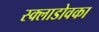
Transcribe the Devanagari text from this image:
स्क्लाडोवका